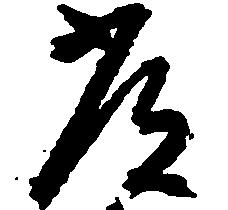
常